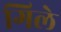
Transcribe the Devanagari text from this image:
गिले